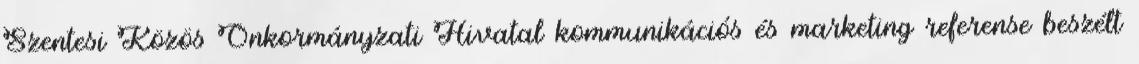
Szentesi Közös Önkormányzati Hivatal kommunikációs és marketing referense beszélt